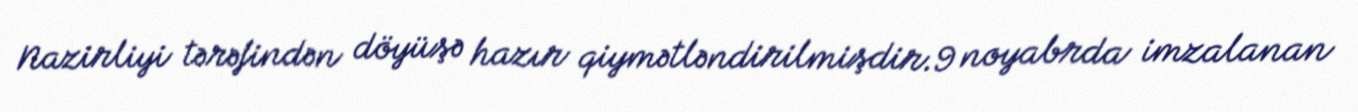
Nazirliyi tərəfindən döyüşə hazır qiymətləndirilmişdir.9 noyabrda imzalanan